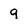
Character: 9